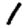
Digit: 1